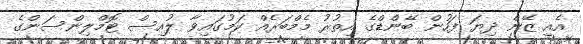
އެއީ ޒޭން ދިޔަ ފަހުން ބޭންޑްގެ އިތުރު މެމްބަރެއް ކަމުގައިވާ ލުއިސް ޓޮމްލިންސަންގެ